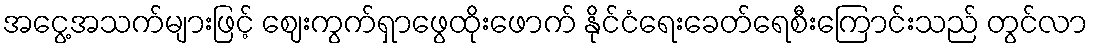
အငွေ့အသက်များဖြင့် ဈေးကွက်ရှာဖွေထိုးဖောက် နိုင်ငံရေးခေတ်ရေစီးကြောင်းသည် တွင်လာ